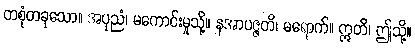
တစုံတခုသော။ အပုညံ၊ မကောင်းမှုသို့။ နအာပဇ္ဇတိ၊ မရောက်။ ဣတိ၊ ဤသို့။